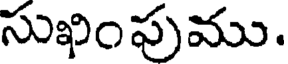
సుఖింపుము.